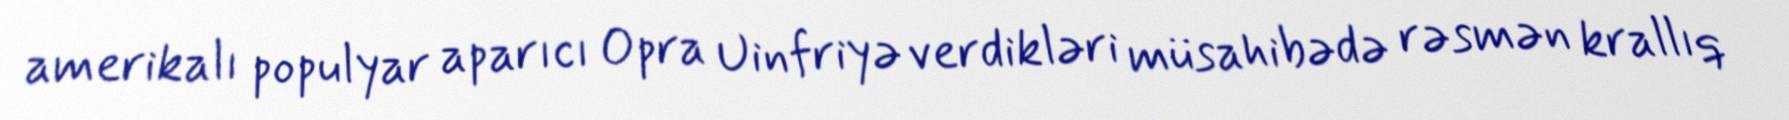
amerikalı populyar aparıcı Opra Uinfriyə verdikləri müsahibədə rəsmən krallıq